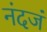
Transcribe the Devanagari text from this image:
नंदजं